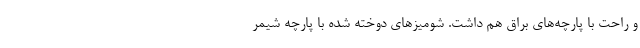
و راحت با پارچه‌های براق هم داشت. شومیزهای دوخته شده با پارچه شیمر